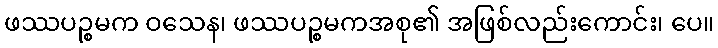
ဖဿပဉ္စမက ဝသေန၊ ဖဿပဉ္စမကအစု၏ အဖြစ်လည်းကောင်း၊ ပေ။